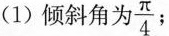
(1)倾斜角为\frac{π}{4}；